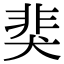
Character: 猆